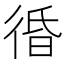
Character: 𰐲